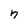
Character: n